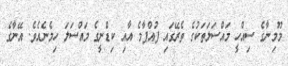
މޫމިނާގެ ސިއްހީ މައްސަލަތަކުގެ ތެރޭގައި ފުއްޕާމެ އާއި ކިޑްނީގެ މައްސަލަ ހިމެނެއެވެ. އޭނާގެ